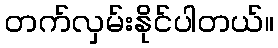
တက်လှမ်းနိုင်ပါတယ်။